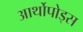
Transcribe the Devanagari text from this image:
आर्थोपोड्स